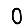
Digit: 0